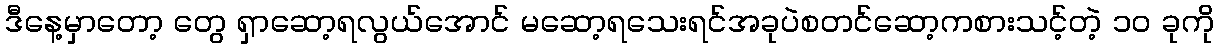
ဒီနေ့မှာတော့ တွေ ရှာဆော့ရလွယ်အောင် မဆော့ရသေးရင်အခုပဲစတင်ဆော့ကစားသင့်တဲ့ ၁၀ ခုကို